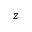
z